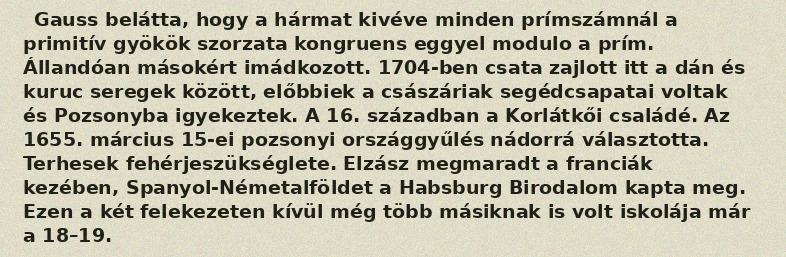
Gauss belátta, hogy a hármat kivéve minden prímszámnál a primitív gyökök szorzata kongruens eggyel modulo a prím. Állandóan másokért imádkozott. 1704-ben csata zajlott itt a dán és kuruc seregek között, előbbiek a császáriak segédcsapatai voltak és Pozsonyba igyekeztek. A 16. században a Korlátkői családé. Az 1655. március 15-ei pozsonyi országgyűlés nádorrá választotta. Terhesek fehérjeszükséglete. Elzász megmaradt a franciák kezében, Spanyol-Németalföldet a Habsburg Birodalom kapta meg. Ezen a két felekezeten kívül még több másiknak is volt iskolája már a 18–19.